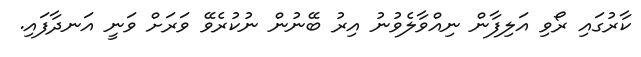
ކާރުގައި ރޯވި އަލިފާން ނިއްވާލެވުނު އިރު ބޭނުން ނުކުރެވޭ ވަރަށް ވަނީ އަނދާފައި.